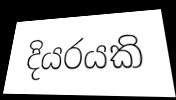
දියරයකි